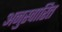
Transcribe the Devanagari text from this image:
अनुस्वारित